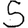
Digit: 5